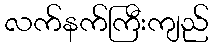
လက်နက်ကြီးကျည်